Annual administration report of the Civil Veterinary Department of India - 1896-1897
Year: 1896
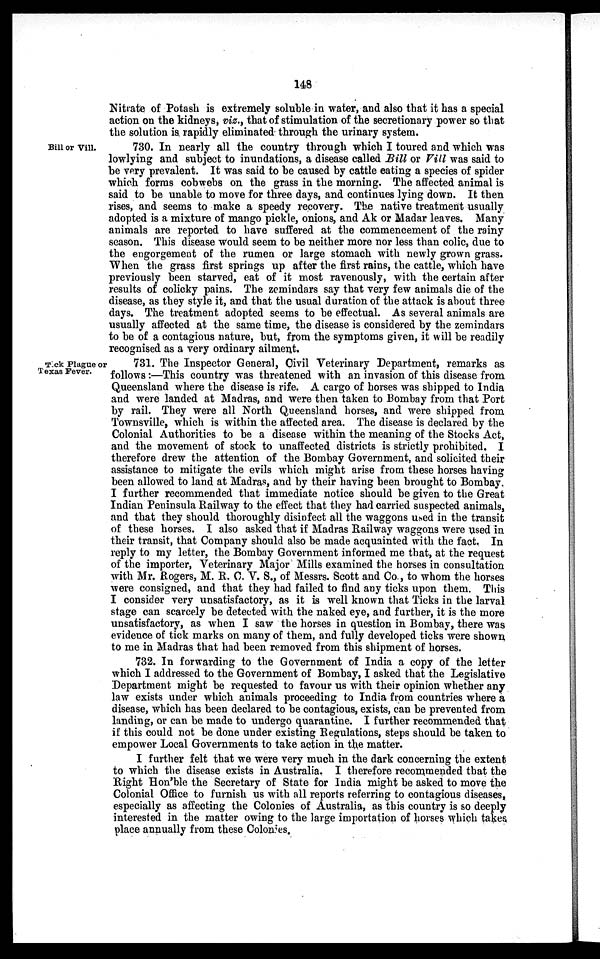
148
Nitrate of Potash is extremely soluble in water, and also that it has a special
action on the kidneys, viz., that of stimulation of the secretionary power so that
the solution is. rapidly eliminated through the urinary system.
Bill or Vill.
730. In nearly all the country through which I toured and which was
lowlying and subject to inundations, a disease called Bill or Vill was said to
be very prevalent. It was said to be caused by cattle eating a species of spider
which forms cobwebs on the grass in the morning. The affected animal is
said to be unable to move for three days, and continues lying down. It then
rises, and seems to make a speedy recovery. The native treatment usually
adopted is a mixture of mango pickle, onions, and Ak or Madar leaves. Many
animals are reported to have suffered at the commencement of the rainy
season. This disease would seem to be neither more nor less than colic, due to
the engorgement of the rumen or large stomach with newly grown grass.
When the grass first springs up after the first rains, the cattle, which have
previously been starved, eat of it most ravenously, with the certain after
results of colicky pains. The zemindars say that very few animals die of the
disease, as they style it, and that the usual duration of the attack is about three
days. The treatment adopted seems to be effectual. As several animals are
usually affected at the same time, the disease is considered by the zemindars
to be of a contagious nature, but, from the symptoms given, it will be readily
recognised as a very ordinary ailment.
Tick Plague or
Texas Fever.
731. The Inspector General, Civil Veterinary Department, remarks as
follows:—This country was threatened with an invasion of this disease from
Queensland where the disease is rife. A cargo of horses was shipped to India
and were landed at Madras, and were then taken to Bombay from that Port
by rail. They were all North Queensland horses, and were shipped from
Townsville, which is within the affected area. The disease is declared by the
Colonial Authorities to be a disease within the meaning of the Stocks Act,
and the movement of stock to unaffected districts is strictly prohibited. I
therefore drew the attention of the Bombay Government, and solicited their
assistance to mitigate the evils which might arise from these horses having
been allowed to land at Madras, and by their having been brought to Bombay.
I further recommended that immediate notice should be given to the Great
Indian Peninsula Railway to the effect that they had carried suspected animals,
and that they should thoroughly disinfect all the waggons used in the transit
of these horses. I also asked that if Madras Railway waggons were used in
their transit, that Company should also be made acquainted with the fact. In
reply to my letter, the Bombay Government informed me that, at the request
of the importer, Veterinary Major Mills examined the horses in consultation
with Mr. Rogers, M. R. C. V. S., of Messrs. Scott and Co., to whom the horses
were consigned, and that they had failed to find any ticks upon them. This
I consider very unsatisfactory, as it is well known that Ticks in the larval
stage can scarcely be detected with the naked eye, and further, it is the more
unsatisfactory, as when I saw the horses in question in Bombay, there was
evidence of tick marks on many of them, and fully developed ticks were shown
to me in Madras that had been removed from this shipment of horses.
732. In forwarding to the Government of India a copy of the letter
which I addressed to the Government of Bombay, I asked that the Legislative
Department might be requested to favour us with their opinion whether any
law exists under which animals proceeding to India from countries where a
disease, which has been declared to be contagious, exists, can be prevented from
landing, or can be made to undergo quarantine. I further recommended that
if this could not be done under existing Regulations, steps should be taken to
empower Local Governments to take action in the matter.
I further felt that we were very much in the dark concerning the extent
to which the disease exists in Australia. I therefore recommended that the
Right Hon'ble the Secretary of State for India might be asked to move the
Colonial Office to furnish us with all reports referring to contagious diseases,
especially as affecting the Colonies of Australia, as this country is so deeply
interested in the matter owing to the large importation of horses which takes
place annually from these Colonies.